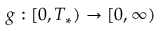
g : [ 0 , T _ { * } ) \rightarrow [ 0 , \infty )